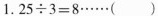
1. 25÷3=8……（）